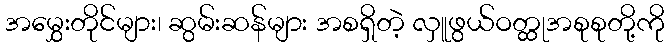
အမွှေးတိုင်များ၊ ဆွမ်းဆန်များ အစရှိတဲ့ လှူဖွယ်ဝတ္ထုအစုစုတို့ကို